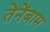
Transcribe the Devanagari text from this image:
तेनेंबाम